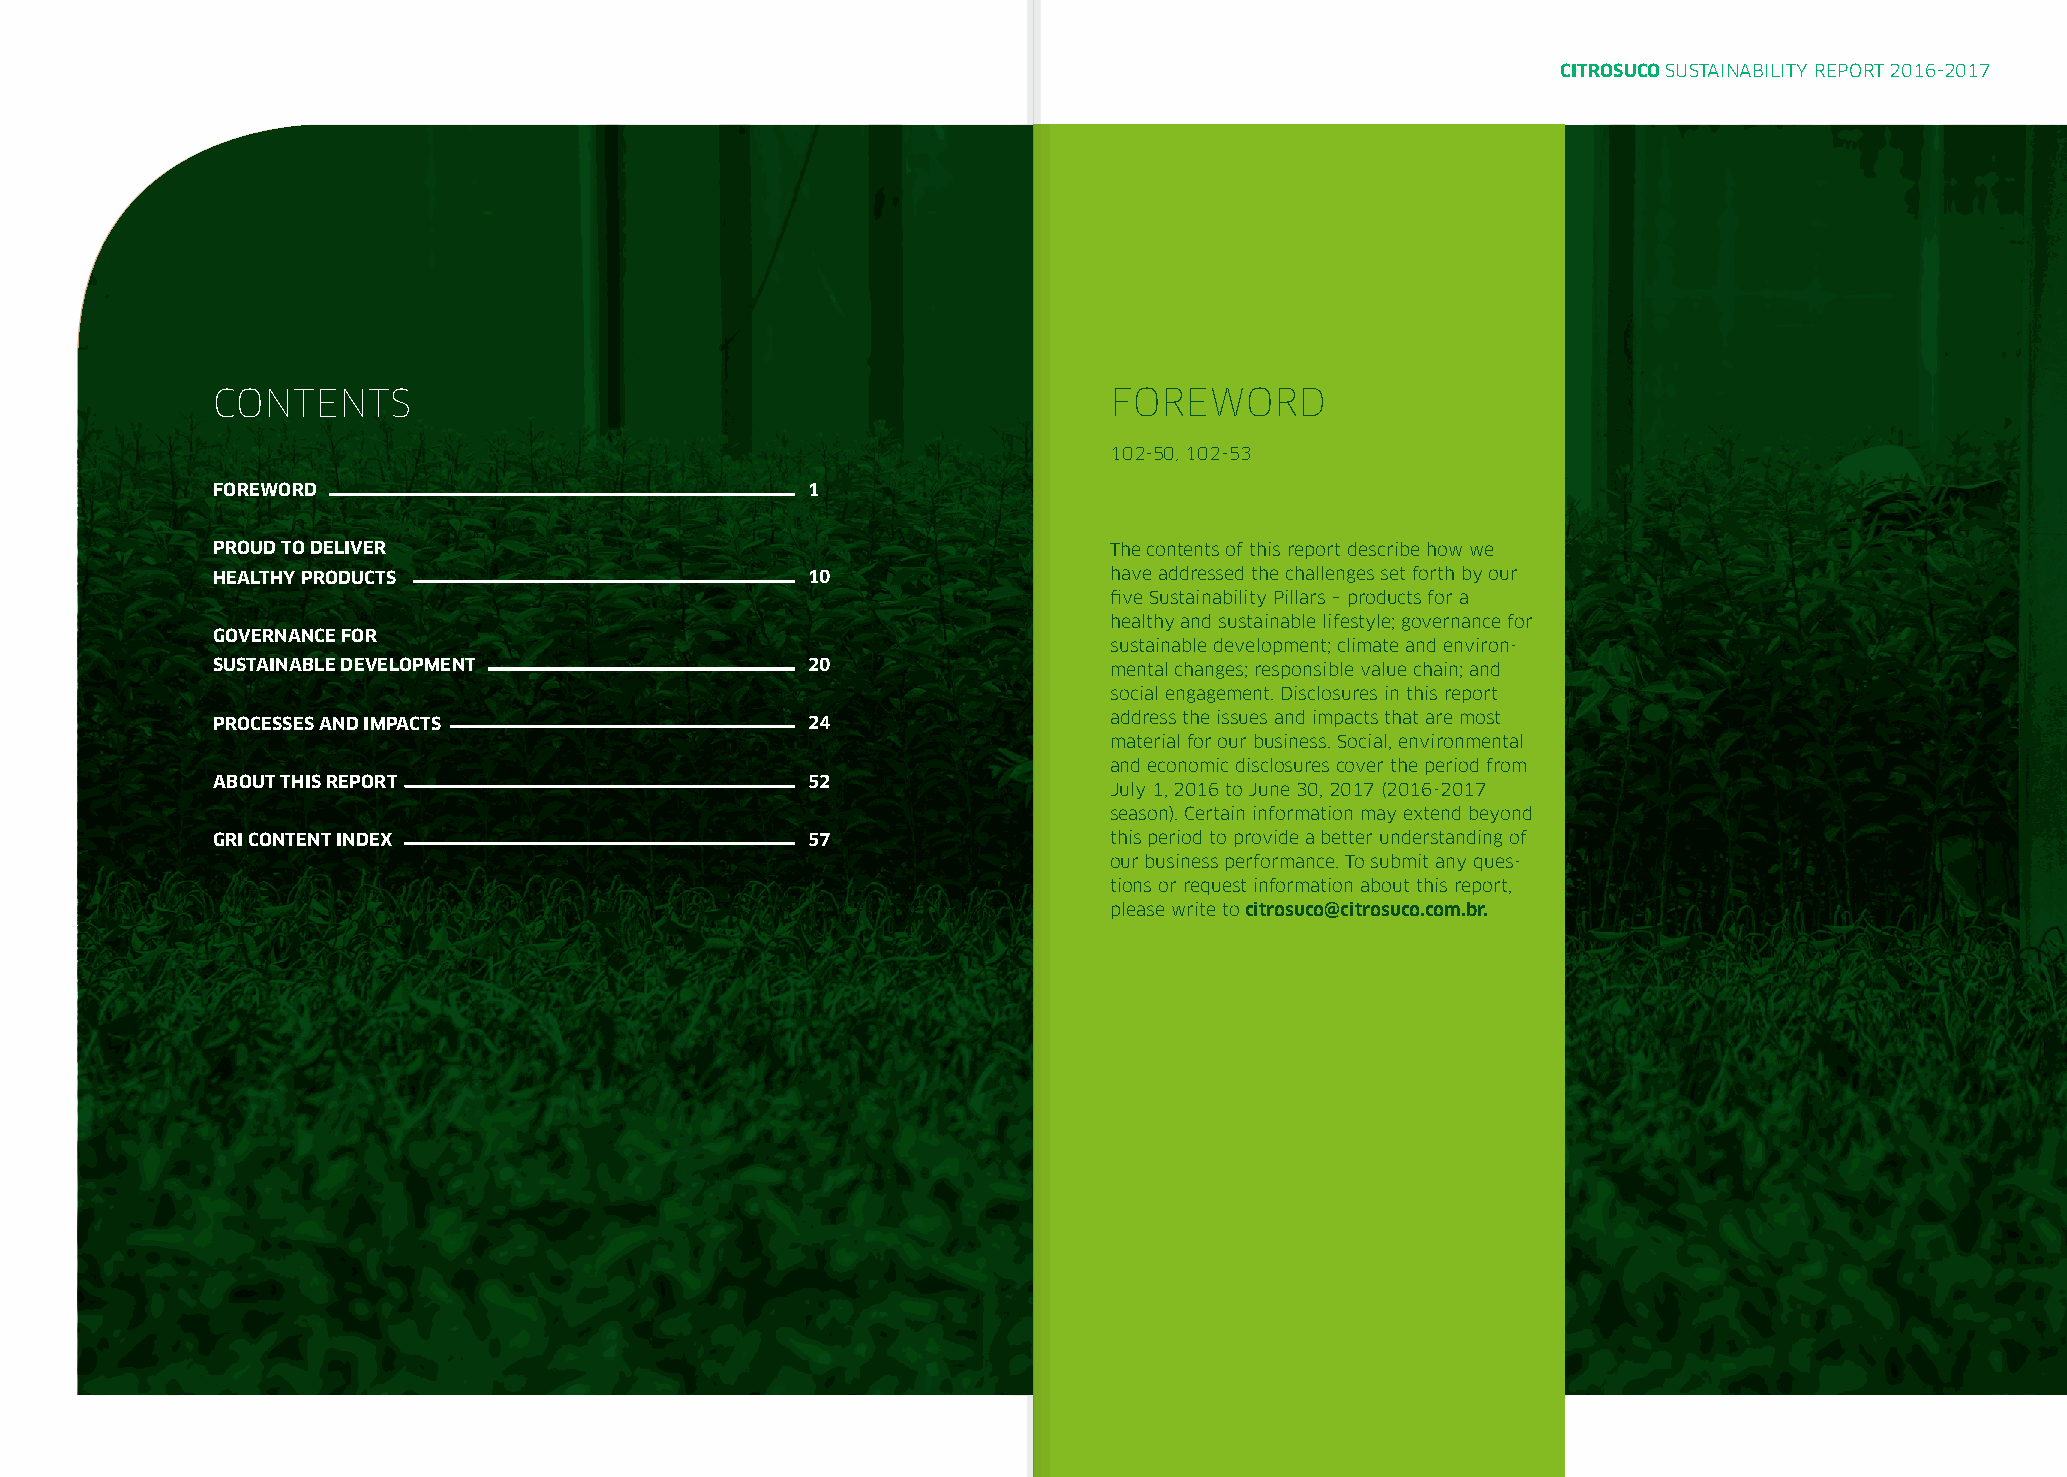
CITROSUCO SUSTAINABILITY REPORT 2016-2017
 CONTENTS                                                    FOREWORD
 102-50, 102-53
 FOREWORD                                1
 PROUD TO DELIVER                                            The contents of this report describe how we
 HEALTHY PRODUCTS                        10                  have addressed the challenges set forth by our
 five Sustainability Pillars – products for a
 healthy and sustainable lifestyle; governance for
 GOVERNANCE FOR
 sustainable development; climate and environ-
 SUSTAINABLE DEVELOPMENT                 20                  mental changes; responsible value chain; and
 social engagement. Disclosures in this report
 PROCESSES AND IMPACTS                   24                  address the issues and impacts that are most
 material for our business. Social, environmental
 and economic disclosures cover the period from
 ABOUT THIS REPORT                       52
 July 1, 2016 to June 30, 2017 (2016-2017
 season). Certain information may extend beyond
 GRI CONTENT INDEX                       57                  this period to provide a better understanding of
 our business performance. To submit any ques-
 tions or request information about this report,
 please write to citrosuco@citrosuco.com.br.